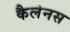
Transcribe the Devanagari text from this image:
कैलेनस